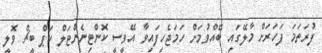
ފުރަތަމަ ފަހަރަށް މާލޭގައި ބޭއްވުމަށް ހަމަޖެހިފައިވާ އޭވީސީ ކޮންޓިނެންޓަލް ކަޕް ބީޗް ވޮލީ